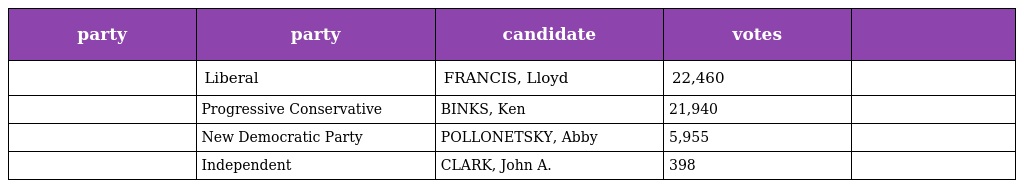
| party | party | candidate | votes |  |
 | --- | --- | --- | --- | --- |
 |  | Liberal | FRANCIS, Lloyd | 22,460 |  |
 |  | Progressive Conservative | BINKS, Ken | 21,940 |  |
 |  | New Democratic Party | POLLONETSKY, Abby | 5,955 |  |
 |  | Independent | CLARK, John A. | 398 |  |